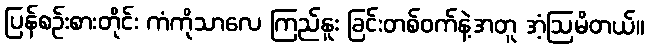
ပြန်စဉ်းစားတိုင်း ကံကိုသာလေ ကြည်နူး ခြင်းတစ်ဝက်နဲ့အတူ အံ့ဩမိတယ်။